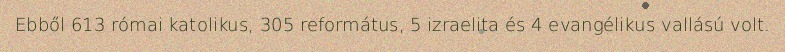
Ebből 613 római katolikus, 305 református, 5 izraelita és 4 evangélikus vallású volt.